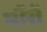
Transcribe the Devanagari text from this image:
भौंरों